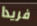
فريدا